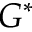
G ^ { * }